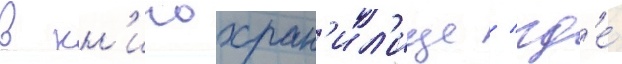
в кн'игохран'ил'ище / гд'е́